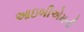
આઇબીએમની